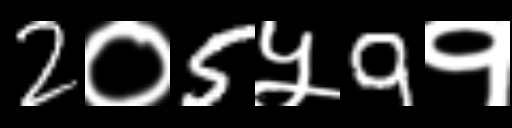
Text: 2०5५9१